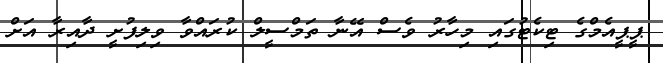
ޕީޕީއެމްގެ ޓިކެޓުގައި މިހާރު ވެސް އޭނާ ތަމްސީލް ކުރައްވާ ވިލިފުށީ ދާއިރާ އަށް